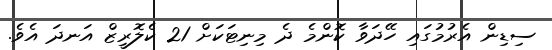
ސިޑިން އެރުމުގައި ހޭދަވާ ކޮންމެ ދެ މިނިޓަކަށް 21 ކެލޮރީޒް އަނދަ އެވެ.